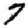
Digit: 7